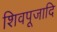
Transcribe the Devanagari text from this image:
शिवपूजादि